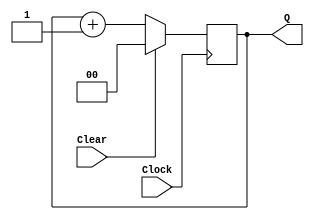
module upcount(Clear, Clock, Q);
	input Clear, Clock;
	output reg [1:0] Q;
	
	always @(posedge Clock)
		if (Clear) Q <= 2'b0;
		else Q <= Q + 1'b1;
endmodule

module upcount_5(Clear, Clock, Q);
	input Clear, Clock;
	output reg [4:0] Q;
	
	always @(posedge Clock)
		if (Clear) Q <= 5'b0;
		else Q <= Q + 1'b1;
endmodule